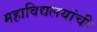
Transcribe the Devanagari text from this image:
महाविद्यलयांची